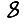
Digit: 8